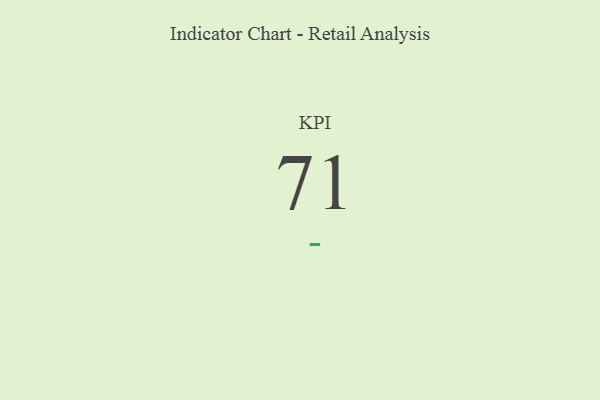
{"axis": {"x": "KPI", "y": "Value"}, "legend": [""], "data": [{"x": "KPI", "y": 71, "type": ""}]}